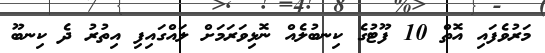
މަރުވެފައި އޮތް 10 ފޫޓުގެ ކިނބުލެއް ނޮޅިވަރަމަށް ލައްގައިފި އިތުރު ދެ ކިނބޫ